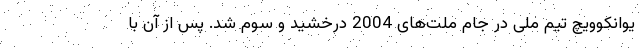
یوانکوویچ تیم ملی در جام ملت‌های 2004 درخشید و سوم شد. پس از آن با